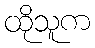
ထိုသူက